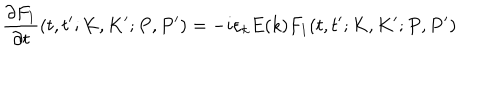
LaTeX: \frac { \partial F _ { 1 } } { \partial t } ( t , t ^ { \prime } ; K , K ^ { \prime } ; P , P ^ { \prime } ) = - i \varepsilon _ { k } E ( k ) F _ { 1 } ( t , t ^ { \prime } ; K , K ^ { \prime } ; P , P ^ { \prime } )